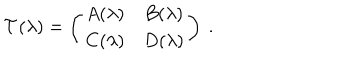
LaTeX: { \cal T } ( \lambda ) = \left( \begin{array} { c c } { { A ( \lambda ) } } & { { B ( \lambda ) } } \\ { { C ( \lambda ) } } & { { D ( \lambda ) } } \\ \end{array} \right) \ .